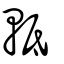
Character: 軧